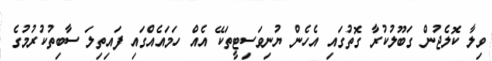
ވިލާ ކޮލެޖުން ގަބޫލުކުރާ ގޮތުގައި އެހެން ޔުނިވަސިޓީތަކޭ އެއް ހަމައެއްގައި ފައިތިލަ ސާބިތުކުރުމުގެ